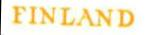
FINLAND